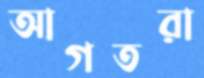
আগতরা